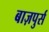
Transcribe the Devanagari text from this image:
बाज़पुर्स